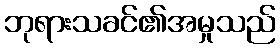
ဘုရားသခင်၏အမှုသည်